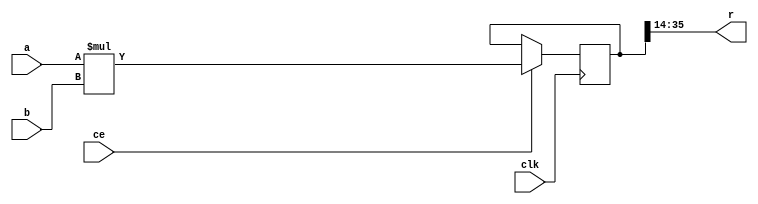
// By default, the following three modules take one or two 18-bit signed inputs,
// and produce a 22-bit signed output in a single clock cycle.
// Scaling comments assume each number is interpreted as in the range [-1:1],

// multiply
// r = a * b / 2
// Internally, expect to use 18-bit signed inputs to the hardware multiplier,
// matching the capabilities of Xilinx, Altera, Lattice, and Gowin chips.
// Configuring for 24-bit signed multiplication still works OK with Xilinx
// DSP48E1 and Vivado, where it combines two 18x25 multipliers and still
// makes reasonable timing.
module sf_mul #(
	parameter dw=18,
	parameter mw=18
) (
	input clk,
	input ce,  // clock enable
	// input ports
	input signed [dw-1:0] a,
	input signed [dw-1:0] b,
	// result ports
	output [dw+3:0] r
);

reg signed [2*mw-1:0] r1;  // full 36-bit result
wire signed [mw-1:0] a_trunc = a[dw-1:dw-mw];
wire signed [mw-1:0] b_trunc = b[dw-1:dw-mw];
always @(posedge clk) if (ce) begin
	r1 <= a_trunc * b_trunc;
end
assign r = r1[2*mw-1:2*mw-4-dw];
endmodule

// add or subtract
// r = (a +/- b) / 2
module sf_add #(
	parameter dw=18
) (
	input clk,
	input ce,  // clock enable
	// input ports
	input signed [dw-1:0] a,
	input signed [dw-1:0] b,
	input sub,
	// result ports
	output [dw+3:0] r
);

reg signed [dw:0] r1;
always @(posedge clk) if (ce) begin
	r1 <= sub ? (a-b) : (a+b);
end
assign r = {r1[dw],r1,2'b0};
endmodule

// approximate inverse, to start iterative refinement
// (1/a) / 256
// See inver1.py for supporting theory,
// and cgen_lib.py function full_inv for iteration rule
module sf_inv #(
	parameter dw=18
) (
	input clk,
	input ce,  // clock enable
	// input ports
	input signed [dw-1:0] a,
	// output ports
	output [dw+3:0] r
);

localparam iscale = 9;  // number of non-sign bits to use in LUT
wire [iscale-1:0] abs_a = a[dw-1] ? ~a[dw-2:dw-1-iscale] : a[dw-2:dw-1-iscale];
reg [iscale:0] r1=0;
reg sign_a=0;
always @(posedge clk) if (ce) begin
	sign_a <= a[dw-1];
	casez (abs_a)
	// positive numbers
	//  r=min(floor(16./[0:15]*16/4+0.5),15);
	//  printf('\t%d: r1 <= %d;\n',[[0:15]; r])
	// 2.^(-floor(log2([0:255]/256))-1)
	// In theory can be parameterized with a for loop;
	// this version hard-coded for the case iscale == 8.
	9'b11???????: r1 <= 2;
	9'b10???????: r1 <= 3;
	9'b011??????: r1 <= 4;
	9'b010??????: r1 <= 6;
	9'b0011?????: r1 <= 8;
	9'b0010?????: r1 <= 12;
	9'b00011????: r1 <= 16;
	9'b00010????: r1 <= 24;
	9'b000011???: r1 <= 32;
	9'b000010???: r1 <= 48;
	9'b0000011??: r1 <= 64;
	9'b0000010??: r1 <= 96;
	9'b00000011?: r1 <= 128;
	9'b00000010?: r1 <= 192;
	9'b000000011: r1 <= 256;
	9'b000000010: r1 <= 384;
	9'b000000001: r1 <= 512;
	9'b000000000: r1 <= 1023;
	endcase
end
assign r = {sign_a, (sign_a ? ~r1 : r1), {(dw+4-iscale-2){sign_a}}};
//  (1 + (iscale+1) + (dw+4-iscale-2) = dw+4
endmodule

// put the above modules together, with saturating shifter
// Now the output width matches the input width of 18 bits
module sf_alu #(
	parameter dw=18,
	parameter mw=18  // see sf_mul
) (
	input clk,
	input ce,  // clock enable
	// input ports
	input signed [dw-1:0] a,
	input signed [dw-1:0] b,
	input [2:0] op,
	input [1:0] sv,
	// result ports
	output signed [dw-1:0] r,
	output valid_o,
	output sat_happened
);

reg vo_mul=0, vo_add=0, vo_inv=0;
always @(posedge clk) if (ce) begin
	vo_mul <= op==4;
	vo_add <= op[2:1]==3;
	vo_inv <= op==5;
end
wire signed [dw+3:0] r_mul, r_add, r_inv;
sf_mul #(.dw(dw), .mw(mw)) mul(.clk(clk), .ce(ce), .a(a), .b(b),              .r(r_mul));
sf_add #(.dw(dw)) add(.clk(clk), .ce(ce), .a(a), .b(b), .sub(op[0]), .r(r_add));
sf_inv #(.dw(dw)) inv(.clk(clk), .ce(ce), .a(a),                     .r(r_inv));

reg valid_s=0, valid_r=0;
reg signed [dw+3:0] shf;
reg signed [dw-1:0] sat;
wire signed [dw+3:0] mux = vo_mul ? r_mul : vo_add ? r_add : r_inv;
reg sat_happened_r=0;
always @(posedge clk) if (ce) begin
	// multiplexer and shifter
	valid_s <= vo_mul|vo_add|vo_inv;
	case (sv)
		0: shf <= {{3{mux[dw+3]}},mux[dw+3:3]};
		1: shf <= {{2{mux[dw+3]}},mux[dw+3:2]};
		2: shf <= {{1{mux[dw+3]}},mux[dw+3:1]};
		3: shf <= {            mux      };
	endcase
	// saturater
	valid_r <= valid_s;
`define UNSAT(x,old,new) (~|x[old:new] | &x[old:new])
`define SAT(x,old,new) ((~|x[old:new] | &x[old:new]) ? x[new:0] : {x[old],{new{~x[old]}}})
	sat <= `SAT(shf,dw+3,dw-1);
	sat_happened_r <= ~`UNSAT(shf,dw+3,dw-1);
end
assign r = sat;
assign valid_o = valid_r;
assign sat_happened = valid_r & sat_happened_r;

`undef SAT
`undef UNSAT

endmodule

// ALU and register file, no instruction sequencing
module sf_main #(
	parameter pw = 18,  // port width
	parameter extra = 4,  // extra guard bits that appear in registers and some arithmetic, but maybe not multiplier inputs
	parameter mw = 18  // multiplier width, see sf_mul
) (
	input clk,
	input ce,  // clock enable
	input [20:0] inst,  // consumes 21 bits of instruction per cycle
	input signed [pw-1:0] meas,  // measurements from radio
	// Results
	output                 ab_update,
	output signed [pw-1:0] a_o,
	output signed [pw-1:0] b_o,
	output                 cd_update,
	output signed [pw-1:0] c_o,
	output signed [pw-1:0] d_o,
	// Monitoring only, probably superfluous
	output signed [pw+extra-1:0] trace,
	output collide_o,
	output stray_o,
	output discard_o,
	output sat_happened
);

// Instruction word "decoding"
// Controller should set wa and set during cycles when meas comes in.
//  op
//   0  NOP
//   1  write results to external hardware (a_o, b_o)
//   2  write results to external hardware (c_o, d_o)
//   3  -
//   4  mul
//   5  inv
//   6  add
//   7  sub
// Pipelining is very simple:
//  cycle  valid fields    name
//    1   ra_a,  ra_b     read
//    2   op              operate
//    3   sv              mux/shift
//    4   -               saturate
//    5   wa              writeback
// The new value of a destination register is first readable at cycle 6.
// The collision detection logic is completely superfluous.
// The stray and discard logic is mostly superfluous.
wire [4:0] ra_a = inst[4:0];
wire [4:0] ra_b = inst[9:5];
wire [4:0] wa = inst[14:10];
wire [2:0] op = inst[17:15];
wire [1:0] sv = inst[19:18];
wire       set = inst[20];

localparam dw = pw + extra;
integer scale = 1 << extra; // Not used here, but helps test bench display numbers properly

// Register file: one writer, two readers
wire signed [dw-1:0] alu_out;
wire signed [dw-1:0] d_in = set ? {meas,{extra{1'b0}}} : alu_out;
wire we_a;
wire we = we_a | set;
wire wa_zero = ~(|wa);
(* ram_style = "distributed" *) reg signed [dw-1:0] rf_a [31:0];
(* ram_style = "distributed" *) reg signed [dw-1:0] rf_b [31:0];
reg signed [dw-1:0] a=0, b=0;
always @(posedge clk) if (ce) begin
	if (we) rf_a[wa] <= d_in;
	if (we) rf_b[wa] <= d_in;
	a <= rf_a[ra_a];
	b <= rf_b[ra_b];
end

sf_alu #(.dw(dw), .mw(mw)) alu(.clk(clk), .ce(ce), .a(a), .b(b), .op(op), .sv(sv),
	.r(alu_out), .valid_o(we_a),
	.sat_happened(sat_happened));

// make values available to outside world
// take most significant bits
reg signed [pw-1:0] a_out=0, b_out=0;
reg ab_u=0;
always @(posedge clk) if (ce & (op==1)) begin
	a_out <= a[dw-1:extra];
	b_out <= b[dw-1:extra];
	ab_u <= 1;
end else ab_u <= 0;
assign a_o = a_out;
assign b_o = b_out;
assign ab_update = ab_u;

// make values available to outside world
// take most significant bits
reg signed [pw-1:0] c_out=0, d_out=0;
reg cd_u=0;
always @(posedge clk) if (ce & (op==2)) begin
	c_out <= a[dw-1:extra];
	d_out <= b[dw-1:extra];
	cd_u <= 1;
end else cd_u <= 0;
assign c_o = c_out;
assign d_o = d_out;
assign cd_update = cd_u;

assign trace = d_in;
assign collide_o = we_a & set;
assign stray_o = ~wa_zero & ~we;
assign discard_o = wa_zero & we;
endmodule